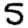
Digit: 5